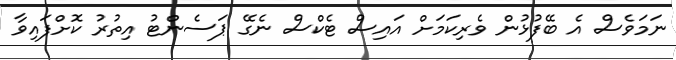
ނަމަވެސް އެ ބޭފުޅުން ވެރިކަމަށް އައިސް ޓެކްސް ނެގޭ ޕަސެންޓު އިތުރު ކޮށްފައިވާ